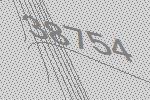
38754